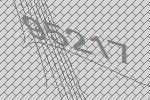
95217